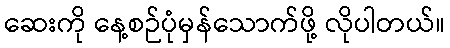
ဆေးကို နေ့စဉ်ပုံမှန်သောက်ဖို့ လိုပါတယ်။